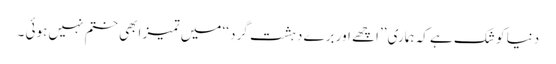
دنیا کو شک ہے کہ ہماری ’’اچھے اور برے دہشت گرد ‘‘ میں تمیز ابھی ختم نہیں ہوئی ۔